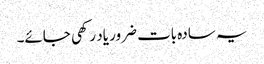
یہ سادہ بات ضرور یاد رکھی جائے۔